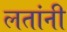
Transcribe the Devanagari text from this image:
लतांनी